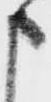
申